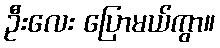
ဦးလေး ပြောမယ်ကွာ။